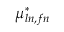
\mu _ { l n , f n } ^ { * }